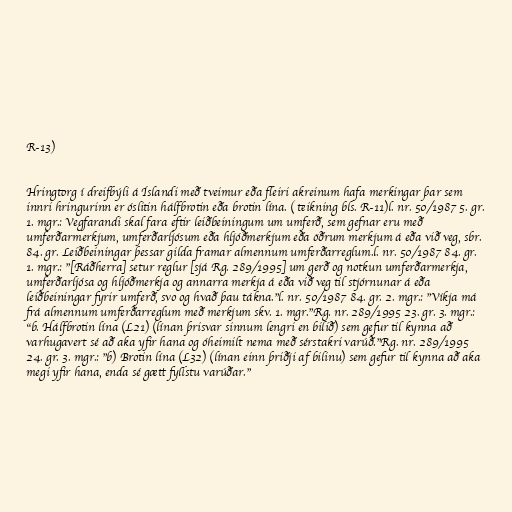
R-13)

Hringtorg í dreifbýli á Íslandi með tveimur eða fleiri akreinum hafa merkingar þar sem
innri hringurinn er óslitin hálfbrotin eða brotin lína. ( teikning bls. R-11)l. nr. 50/1987 5. gr.
1. mgr.: Vegfarandi skal fara eftir leiðbeiningum um umferð, sem gefnar eru með
umferðarmerkjum, umferðarljósum eða hljóðmerkjum eða öðrum merkjum á eða við veg, sbr.
84. gr. Leiðbeiningar þessar gilda framar almennum umferðarreglum.l. nr. 50/1987 84. gr.
1. mgr.: "[Ráðherra] setur reglur [sjá Rg. 289/1995] um gerð og notkun umferðarmerkja,
umferðarljósa og hljóðmerkja og annarra merkja á eða við veg til stjórnunar á eða
leiðbeiningar fyrir umferð, svo og hvað þau tákna."l. nr. 50/1987 84. gr. 2. mgr.: "Víkja má
frá almennum umferðarreglum með merkjum skv. 1. mgr."Rg. nr. 289/1995 23. gr. 3. mgr.:
"b. Hálfbrotin lína (L21) (línan þrisvar sinnum lengri en bilið) sem gefur til kynna að
varhugavert sé að aka yfir hana og óheimilt nema með sérstakri varúð."Rg. nr. 289/1995
24. gr. 3. mgr.: "b) Brotin lína (L32) (línan einn þriðji af bilinu) sem gefur til kynna að aka
megi yfir hana, enda sé gætt fyllstu varúðar."